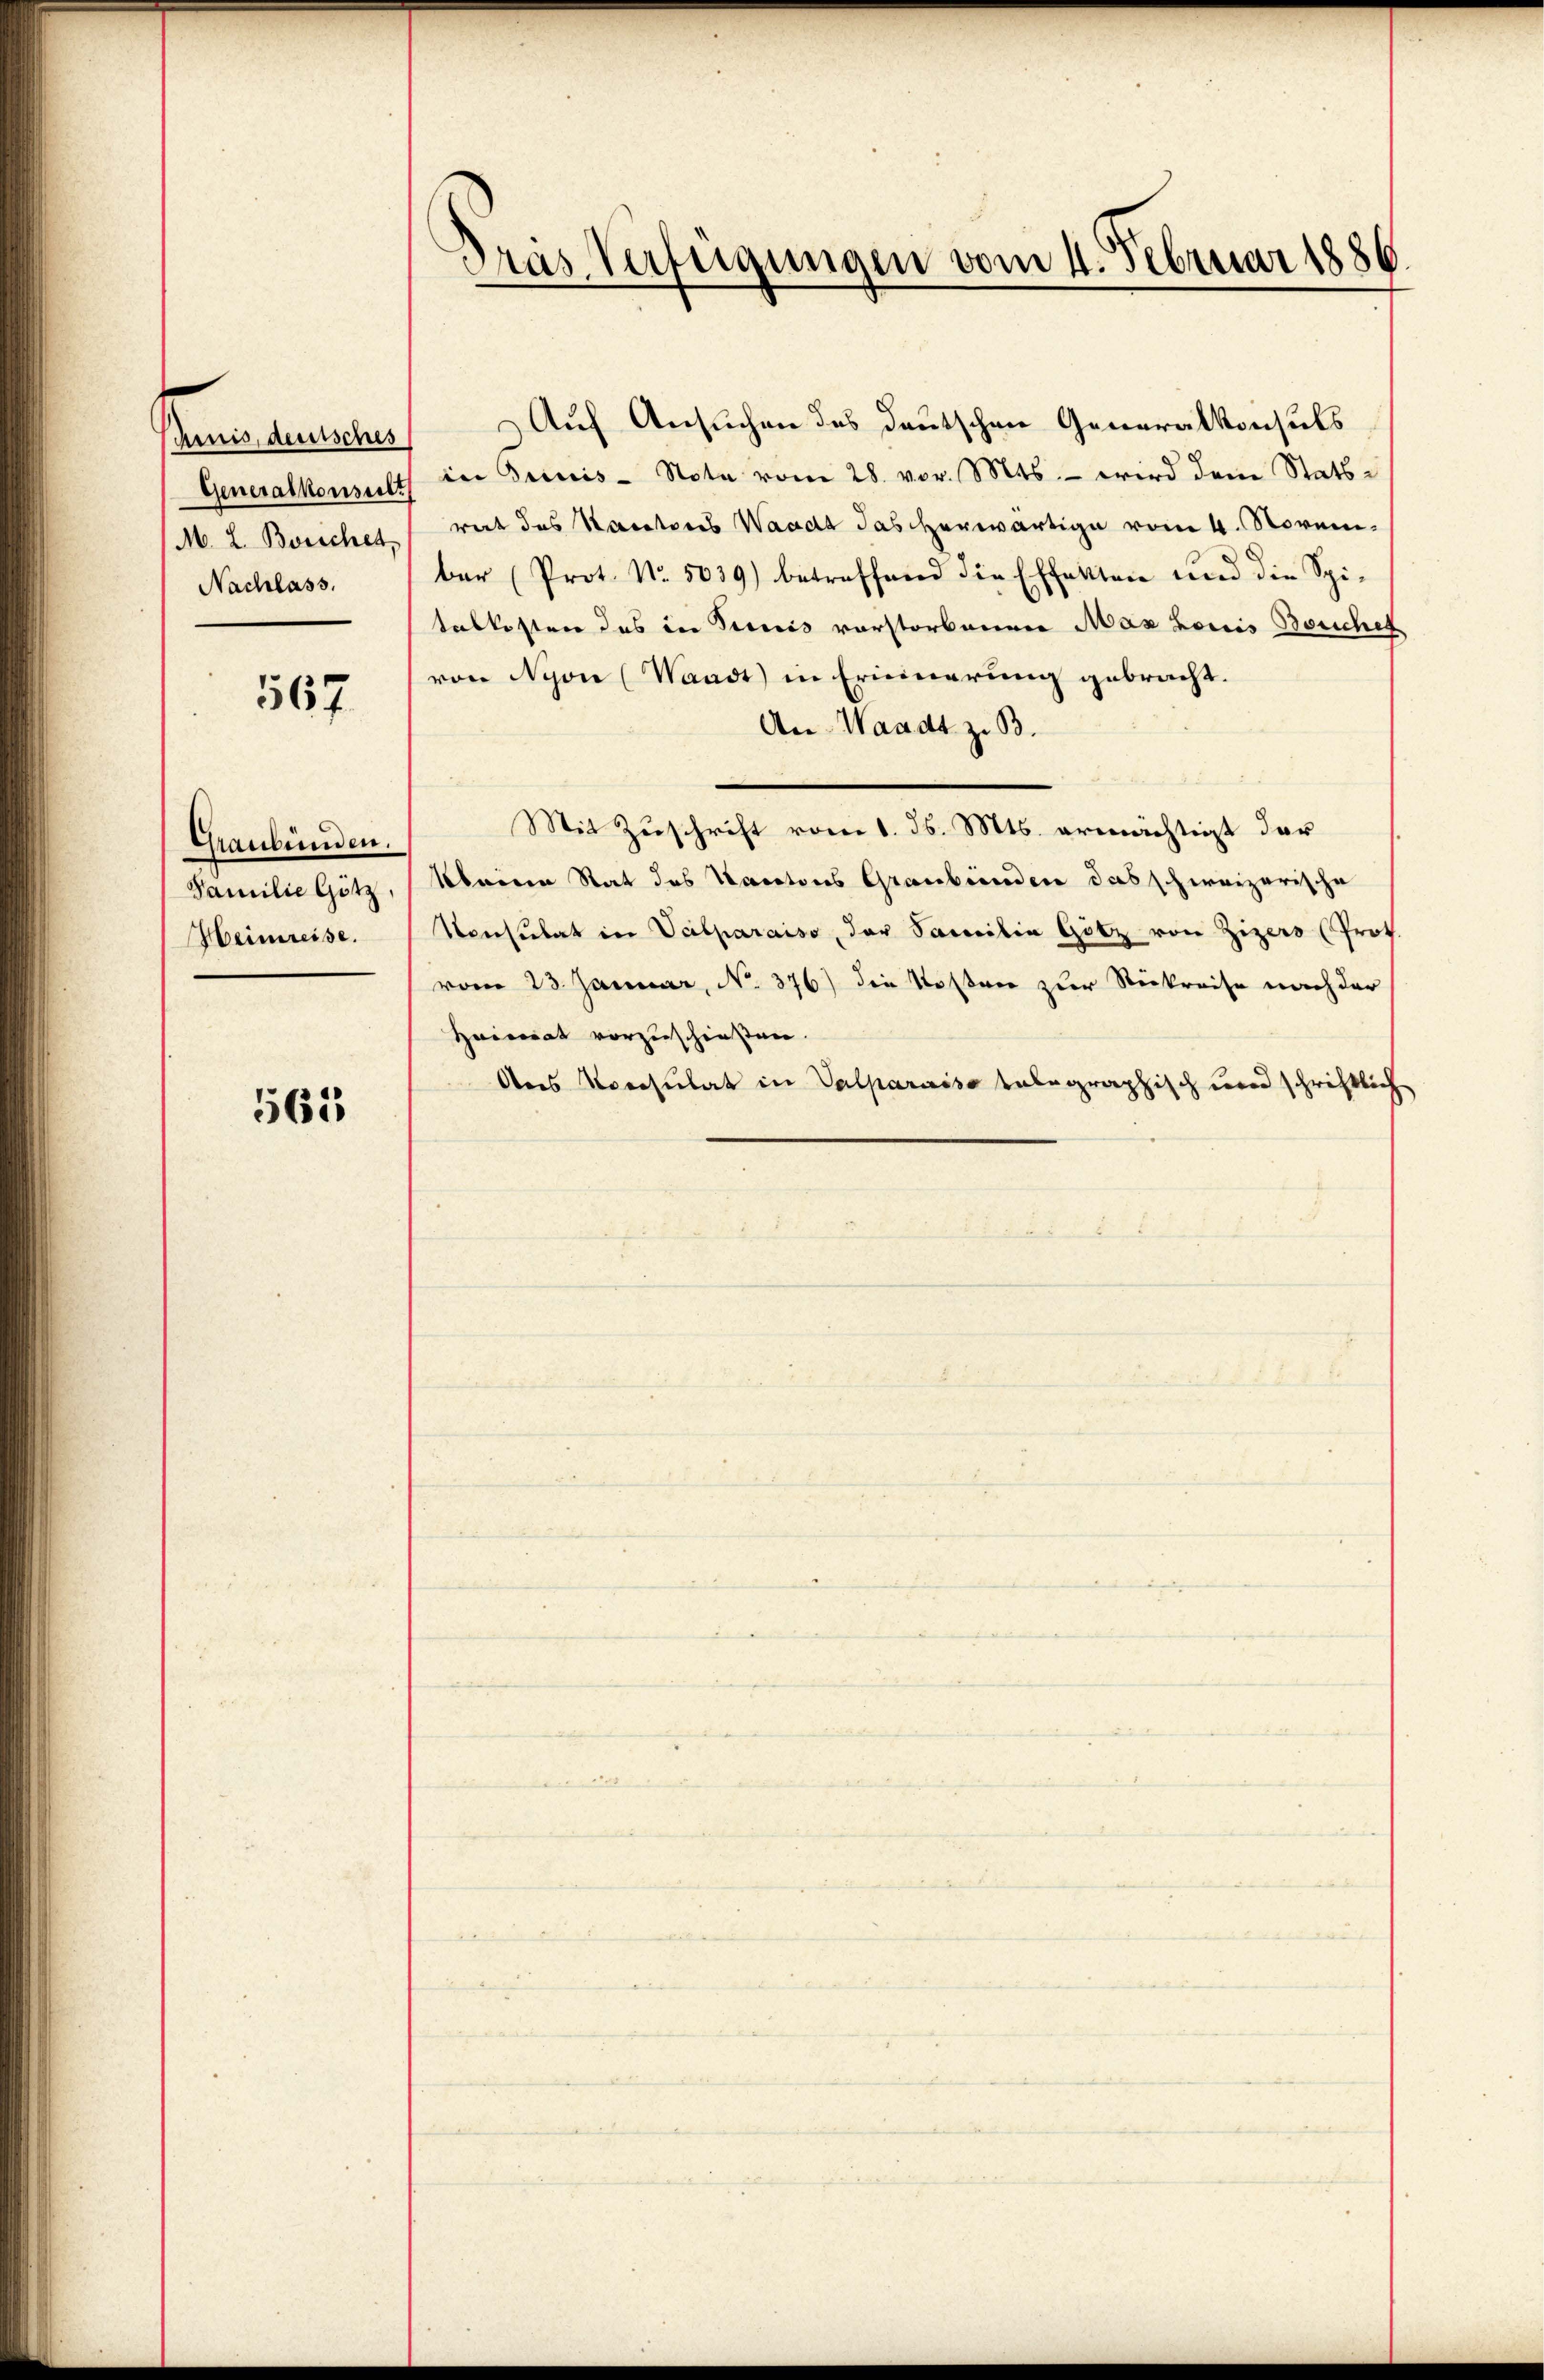
dernis, deutsches
Generalkonsult
M. L. Berichet,
Nachlass.

567

Graubünden.
Familie Götz
Heimreise.

565

Dras Verfügungen vom 4. Februar 1886

Auf Ansuchen des deutschen Generalkonsuls
in Trinis- Note vom 28. vor. Mts. – wird dem Statsrat des Kantons Waadt das herwärtige vom 4. November (Prot. No. 5039) betreffend die Effekten und die Spi-
talkosten des in Sicis vorstorbenen Max Louis Beriches
von Nyon (Waadt) in Erinnerung gebracht.
An Waadt z. B.
Mit Zuschrift vom 1. ds. Mts. ermächtigt der
kleine Stat des Nacatons Graubünden das schweizerische
Konsulat in Veilparaiso, der Samilie Götz von Zizers (Prot
vom 23. Januar, No. 376) die Kosten zur Rückreise nach der
Haicorat vorzuschießen.
Des Konsulat in Valparais telegraphisch und schriftlich